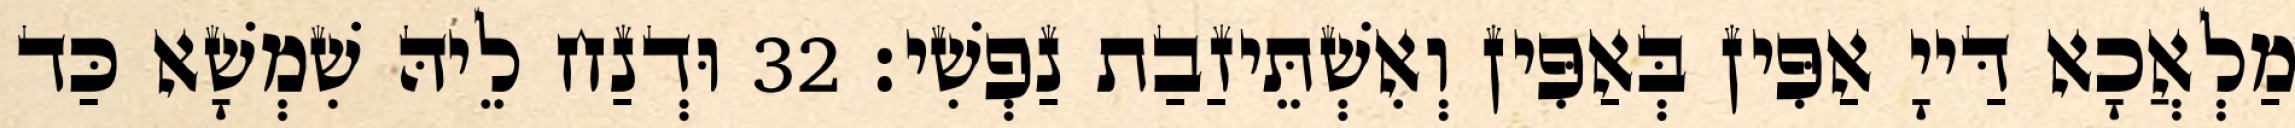
מַלְאֲכָא דַּייָ אַפִּין בְּאַפִּין וְאִשְׁתֵּיזַבַת נַפְשִׁי׃ 32 וּדְנַח לֵיהּ שִׁמְשָׁא כַּד